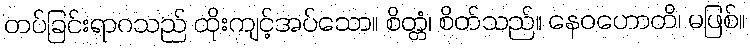
တပ်ခြင်းရာဂသည် ထိုးကျင့်အပ်သော။ စိတ္တံ၊ စိတ်သည်။ နေဝဟောတိ၊ မဖြစ်။